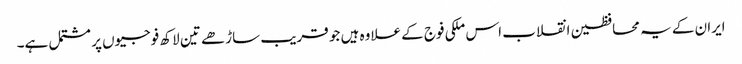
ایران کے یہ محافظین انقلاب اس ملکی فوج کے علاوہ ہیں جو قریب ساڑھے تین لاکھ فوجیوں پر مشتمل ہے۔